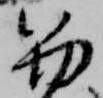
笏